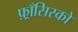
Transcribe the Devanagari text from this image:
फ़्राँसिस्को